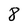
Character: 8